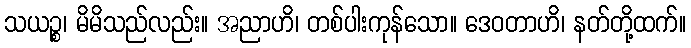
သယဉ္စ၊ မိမိသည်လည်း။ အညာဟိ၊ တစ်ပါးကုန်သော။ ဒေဝတာဟိ၊ နတ်တို့ထက်။